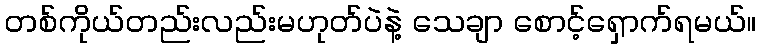
တစ်ကိုယ်တည်းလည်းမဟုတ်ပဲနဲ့ သေချာ စောင့်ရှောက်ရမယ်။